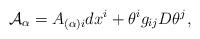
LaTeX: \begin{align*}{\cal A}_{\alpha}=A_{(\alpha)i}dx^{i} + \theta^{i}g_{ij}D\theta^j ,\end{align*}